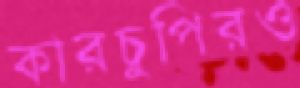
কারচুপিরও